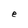
Character: e